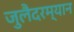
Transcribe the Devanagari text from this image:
जुलैदरम्यान